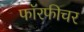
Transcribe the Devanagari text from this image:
फॉरफीचर